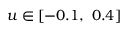
u \in [ - 0 . 1 , ~ 0 . 4 ]